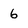
Character: 6